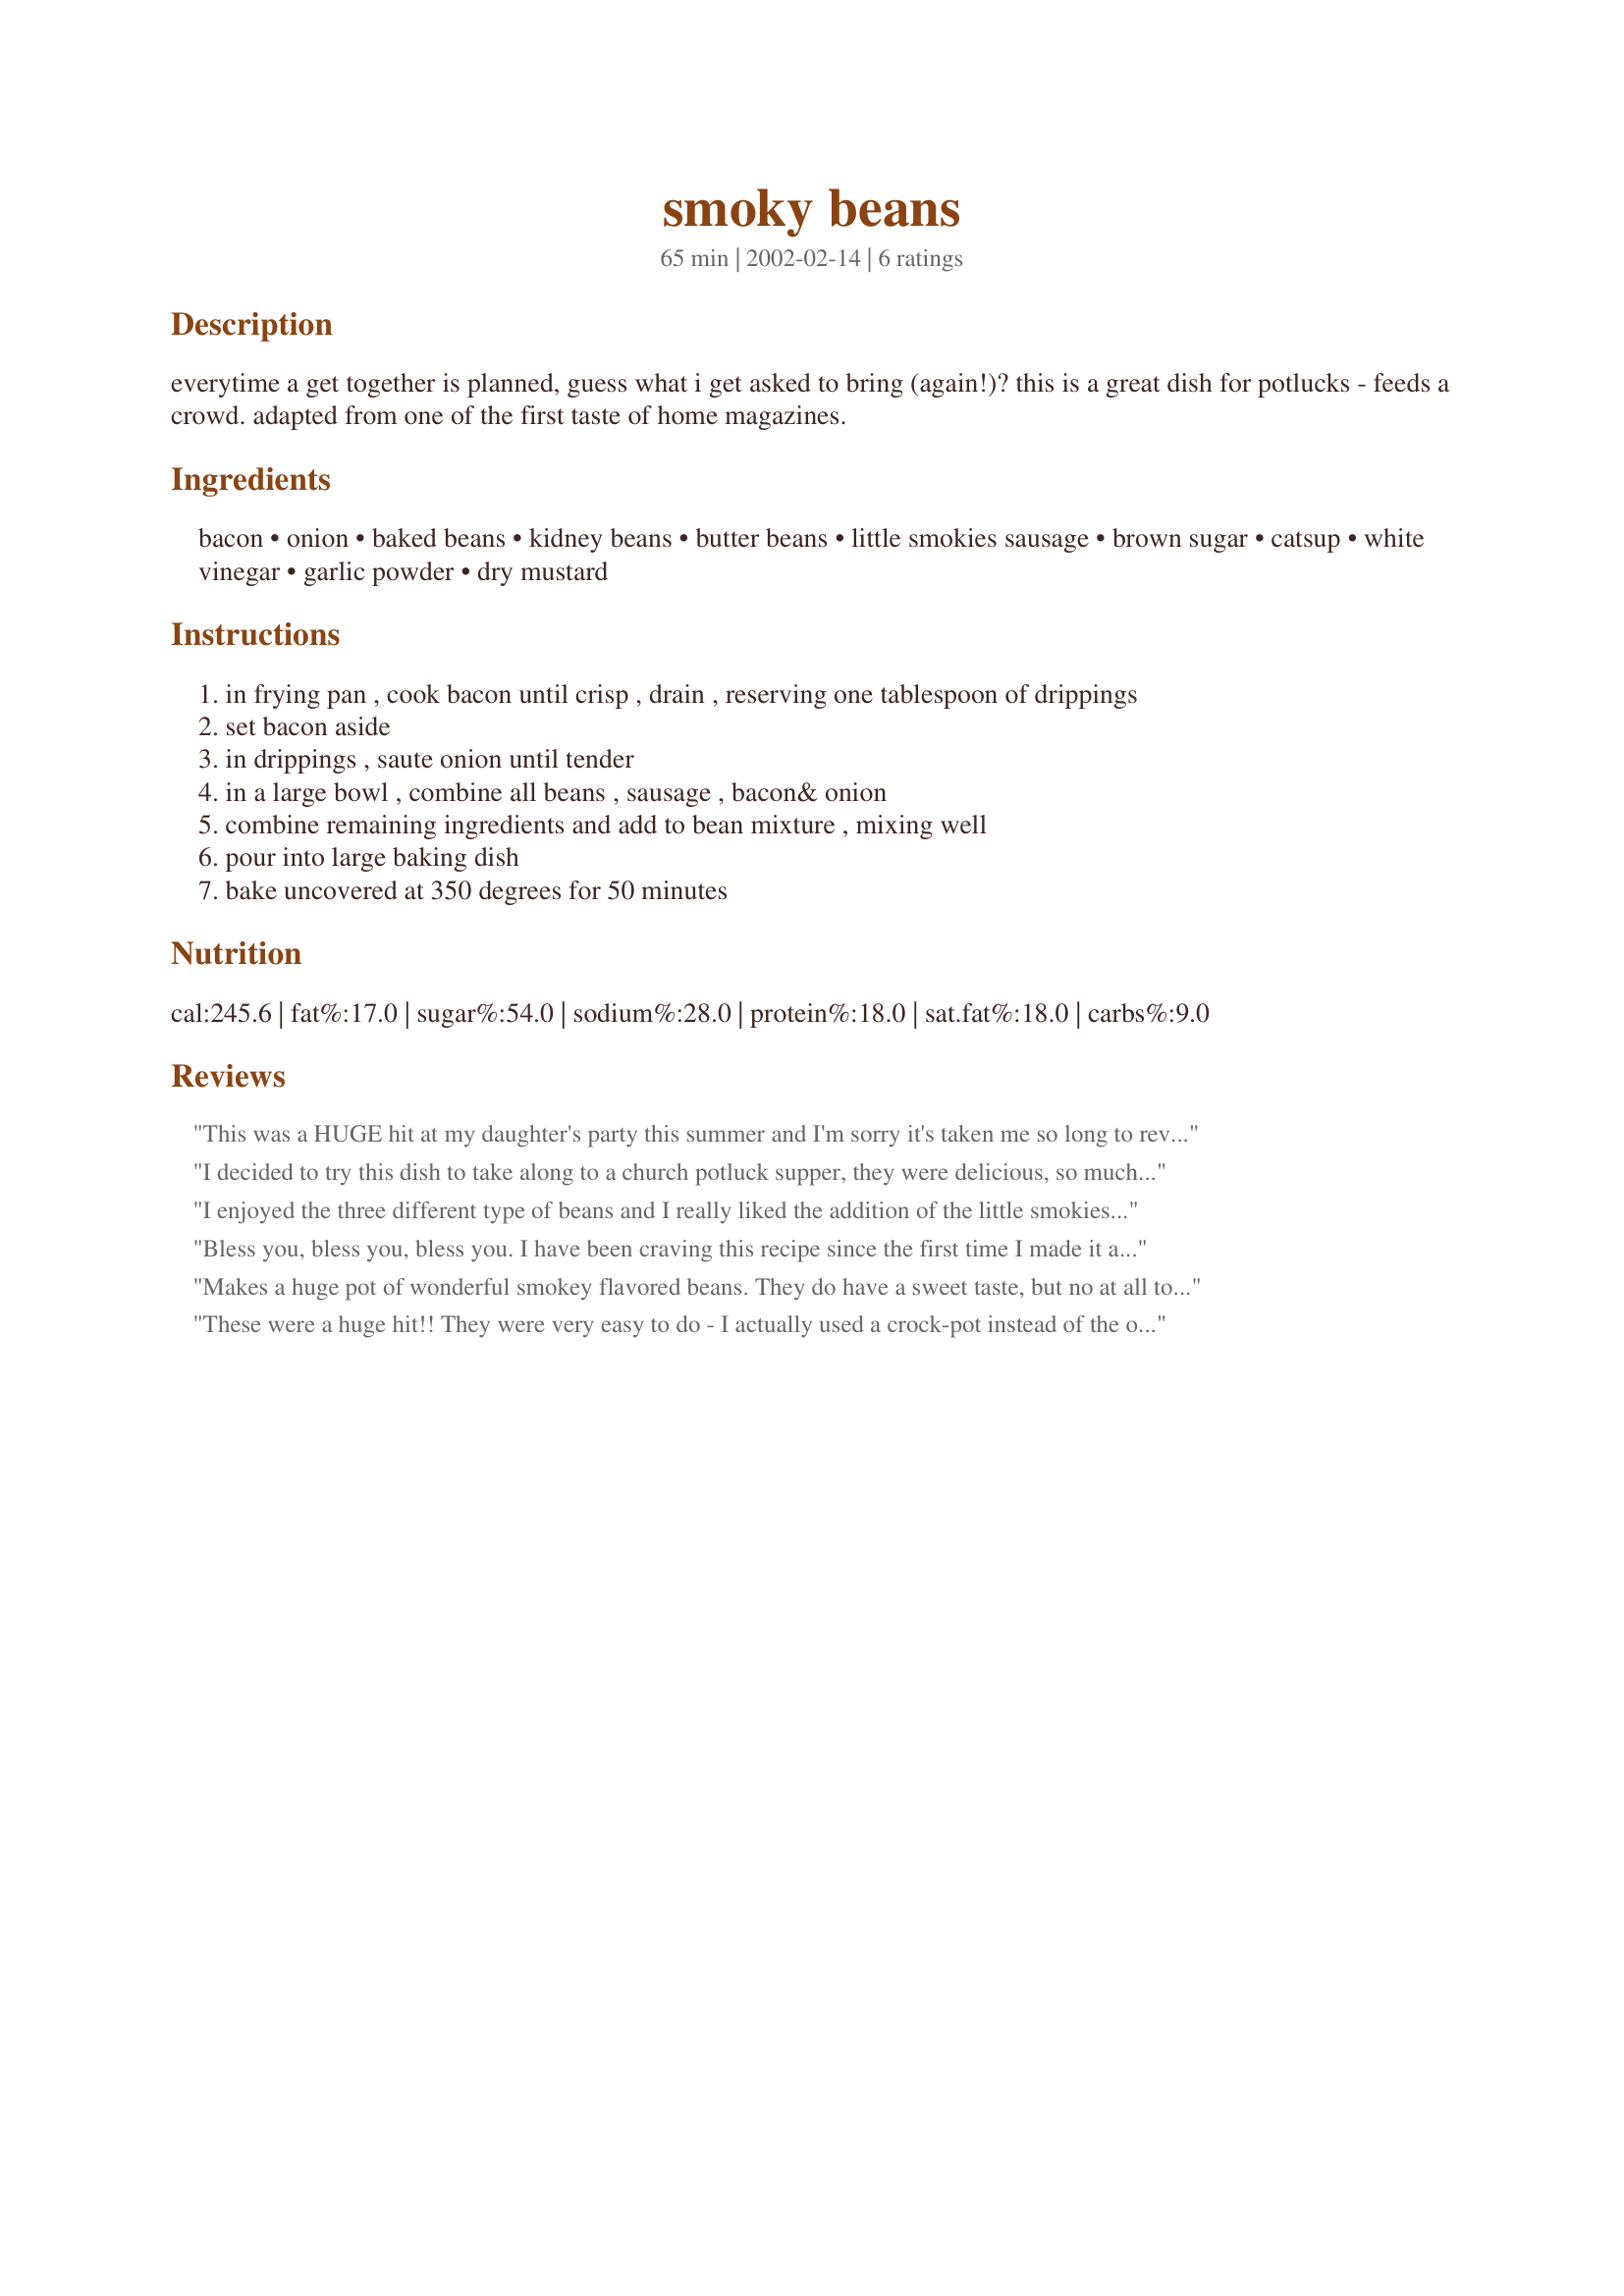
smoky beans
Preparation time: 65 minutes

everytime a get together is planned, guess what i get asked to bring (again!)? this is a great dish for potlucks - feeds a crowd. adapted from one of the first taste of home magazines.

Ingredients:
bacon, onion, baked beans, kidney beans, butter beans, little smokies sausage, brown sugar, catsup, white vinegar, garlic powder, dry mustard

Steps:
in frying pan , cook bacon until crisp , drain , reserving one tablespoon of drippings
set bacon aside
in drippings , saute onion until tender
in a large bowl , combine all beans , sausage , bacon& onion
combine remaining ingredients and add to bean mixture , mixing well
pour into large baking dish
bake uncovered at 350 degrees for 50 minutes

Reviews:
This was a HUGE hit at my daughter's party this summer and I'm sorry it's taken me so long to review the recipe. I made them vegetarian by using no meat baked beans and omitting the bacon and sausage. I did add a Tbl of Tabasco Chipotle Sauce to make up for the lost smokiness. I also used black-eyed peas and black beans instead of the kidney and butter beans, just because I like their textures better. I've taken to keeping all of these ingredients on hand, for future large group gatherings.....they are sooooo good! Thank you for such a wonderful and versatile recipe!
I decided to try this dish to take along to a church potluck supper, they were delicious, so much so , that I couldnt bear to take them all along, I kept half for own consumption.LOL
I enjoyed the three different type of beans and I really liked the addition of the little smokies. It was a little too sweet for me, so If I were to try it again I would cut back on the sugar. Thanks for giving me a change of routine on the typical baked beans.
Bless you, bless you, bless you. I have been craving this recipe since the first time I made it and could not find it again. 
I make this in the crockpot and subsitute extra kidney beans for the butter beans. I also use smoked sausage instead of the little smokies and fried them until crisp in the bacon grease. Then fried up the onions, mixed it all together and throw it in the crockpot. This was a huge hit for our Superbowl the year I made it.
Makes a huge pot of wonderful smokey flavored beans. They do have a sweet taste, but no at all too sweet for my taste. I love these beans. I'm serving them with cornbead and fried "taters".
These were a huge hit!! They were very easy to do - I actually used a crock-pot instead of the oven and it worked out just fine. I've actually never made beans before (I know, silly me!), but my boyfriend sure is glad I gave this recipe a shot! I took them to a party, and they got rave reviews (and NO leftovers!). They are definately going in my favorite recipes cookbook. Thank you for such a wonderful recipe!!
